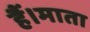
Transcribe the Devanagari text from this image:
हैं।माता